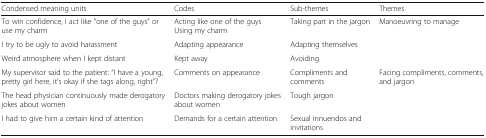
| Condensed meaning units | Codes | Sub-themes | Themes |
 | --- | --- | --- | --- |
 | To win confidence, I act like “one of the guys” or use my charm | Acting like one of the guysUsing my charm | Taking part in the jargon | Manoeuvring to manage |
 | I try to be ugly to avoid harassment | Adapting appearance | Adapting themselves |  |
 | Weird atmosphere when I kept distant | Kept away | Avoiding |  |
 | My supervisor said to the patient: “I have a young, pretty girl here, it’s okay if she tags along, right”? | Comments on appearance | Compliments and comments | Facing compliments, comments, and jargon |
 | The head physician continuously made derogatory jokes about women | Doctors making derogatory jokes about women | Tough jargon |  |
 | I had to give him a certain kind of attention | Demands for a certain attention | Sexual innuendos and invitations |  |